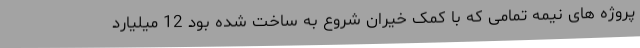
پروژه های نیمه تمامی که با کمک خیران شروع به ساخت شده بود 12 میلیارد